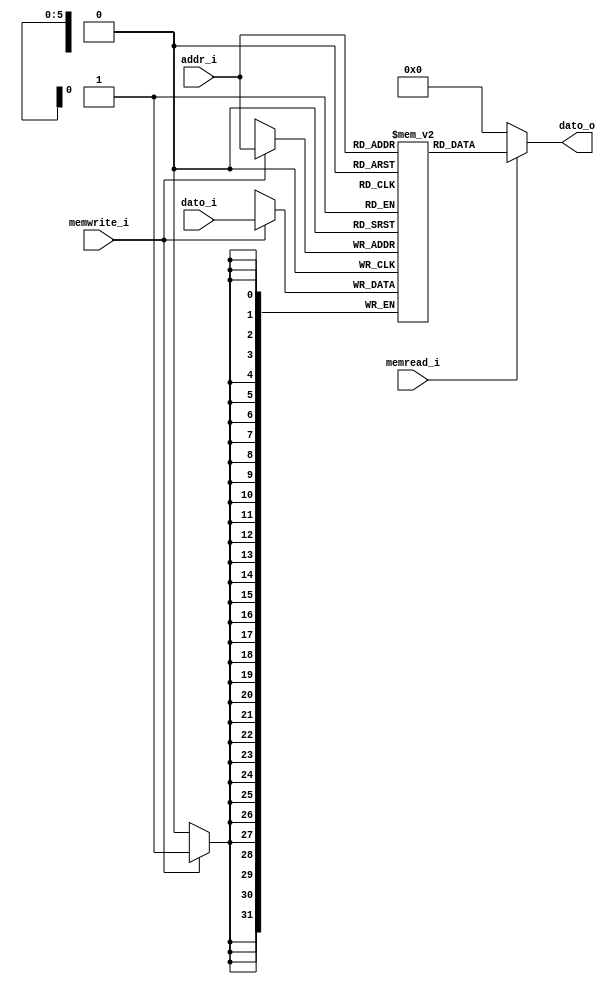
module dcache (
		//Puertos de entrada
		input		[5:0]	 addr_i,
		input		[31:0] dato_i,
		input		       memwrite_i,
		input		       memread_i,
		//Puertos de salida
		output	[31:0] dato_o

);
		
		//Data cache
		reg 		[31:0] memoria [0:63];
		
		//Puerto de escritura
		always @(posedge clk_i) //lleva reloj porque escritura es sincrono
		begin
			if (memwrite_i)
				memoria [addr_i] <= dato_i;
		end
		
		
		//Puerto de lectura
		assign	dato_o = (memread_i) ? memoria [addr_i] : 32'b0;
		
		
endmodule